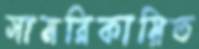
সামরিকায়িত